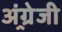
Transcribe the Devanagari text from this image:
अंग्र्रेजी